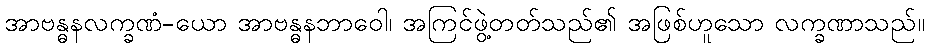
အာဗန္ဓနလက္ခဏံ-ယော အာဗန္ဓနဘာဝေါ၊ အကြင်ဖွဲ့တတ်သည်၏ အဖြစ်ဟူသော လက္ခဏာသည်။